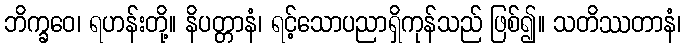
ဘိက္ခဝေ၊ ရဟန်းတို့။ နိပတ္တာနံ၊ ရင့်သောပညာရှိကုန်သည် ဖြစ်၍။ သတိဿတာနံ၊